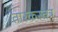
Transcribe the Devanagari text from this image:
तारकस्तत्र